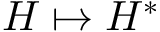
H \mapsto H ^ { * }